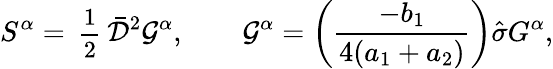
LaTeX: S^{\alpha}={\mathrm{\small{~\frac 12~}}}\bar{\cal D}^{2}{\cal G}^{\alpha},\quad\quad{\cal G}^{\alpha}=\left(\frac{-b_{1}}{4(a_{1}+a_{2})}\right)\hat{\sigma}G^{\alpha},